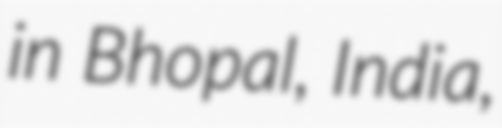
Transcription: in Bhopal, India,